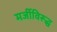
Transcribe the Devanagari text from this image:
मर्जीविरूद्ध